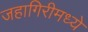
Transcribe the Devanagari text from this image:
जहागिरीमध्‍ये